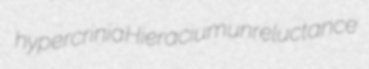
hypercrinia Hieracium unreluctance